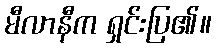
မီလာနီက ရှင်းပြ၏။